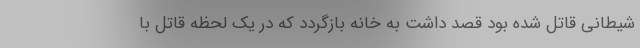
شیطانی قاتل شده بود قصد داشت به خانه بازگردد که در یک لحظه قاتل با